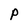
Character: P